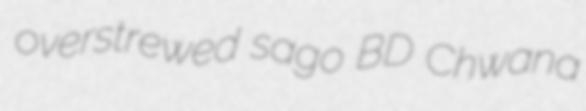
overstrewed sago BD Chwana